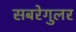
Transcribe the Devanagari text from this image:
सबरेगुलर